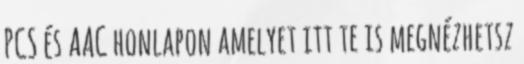
PCS és AAC honlapon amelyet itt te is megnézhetsz